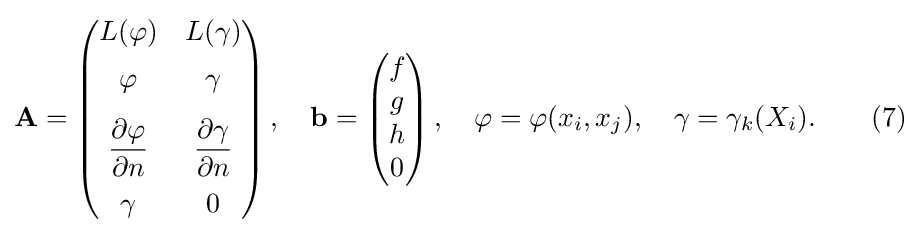
\mathbf {A} =\left({\begin{matrix}L(\varphi )&L(\gamma )\\[5pt]\varphi &\gamma \\[8pt]{\dfrac {\partial \varphi }{\partial n}}&{\dfrac {\partial \gamma }{\partial n}}\\[8pt]\gamma &0\end{matrix}}\right),\quad \mathbf {b} =\left({\begin{matrix}f\\g\\h\\0\end{matrix}}\right),\quad \varphi =\varphi (x_{i},x_{j}),\quad \gamma =\gamma _{k}(X_{i}).\qquad (7)